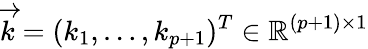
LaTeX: {\overrightarrow{k}}=(k_{1},\dots,k_{p+1})^{T}\in\mathbb{R}^{(p+1)\times 1}